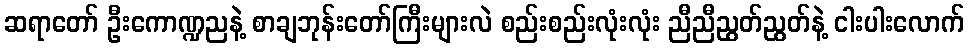
ဆရာတော် ဦးကောဏ္ဍညနဲ့ စာချဘုန်းတော်ကြီးများလဲ စည်းစည်းလုံးလုံး ညီညီညွတ်ညွတ်နဲ့ ငါးပါးလောက်